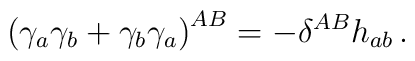
\left(\gamma_a\gamma_b +\gamma_b\gamma_a\right)^{AB}=-\delta^{AB}h_{ab}\,.